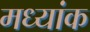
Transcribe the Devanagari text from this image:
मध्यांक